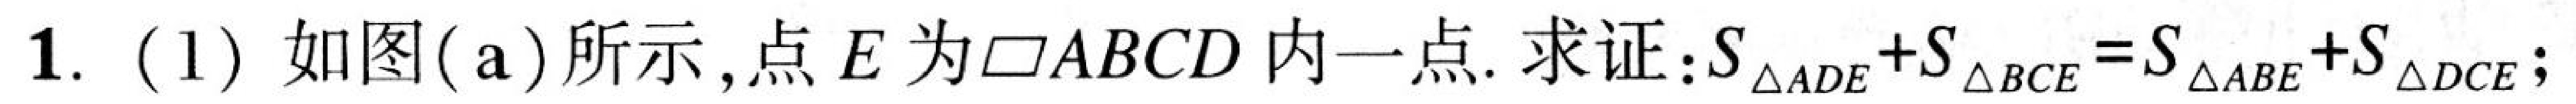
1. (1) 如图(a)所示,点 \(E\) 为\(\square ABCD\) 内一点. 求证：\(S_{\triangle ADE}+S_{\triangle BCE}=S_{\triangle ABE}+S_{\triangle DCE}\);